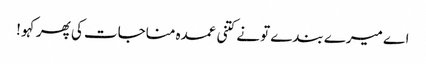
اے میرے بندے تو نے کتنی عمدہ مناجات کی پھر کہو !